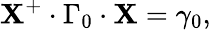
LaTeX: {\cal\mathbf{X}}^{+}\cdot\Gamma_{0}\cdot{\cal\mathbf{X}}=\gamma_{0},